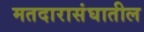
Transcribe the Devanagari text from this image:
मतदारासंघातील